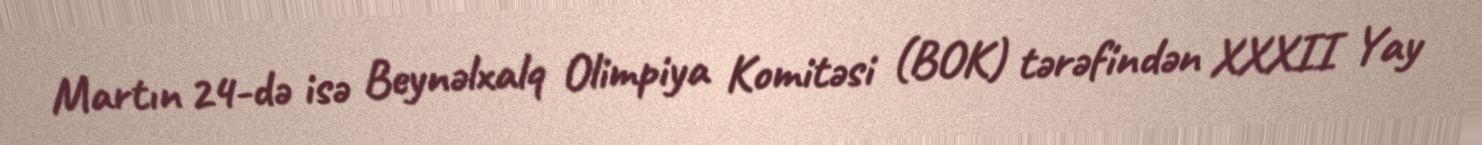
Martın 24-də isə Beynəlxalq Olimpiya Komitəsi (BOK) tərəfindən XXXII Yay